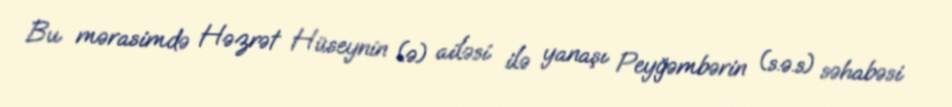
Bu mərasimdə Həzrət Hüseynin (ə) ailəsi ilə yanaşı Peyğəmbərin (s.ə.s) səhabəsi